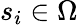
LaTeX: s_{i}\in\Omega